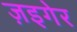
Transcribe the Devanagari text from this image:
ज़इगेर